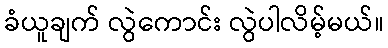
ခံယူချက် လွဲကောင်း လွဲပါလိမ့်မယ်။